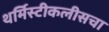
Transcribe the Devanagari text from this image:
थर्मिस्टीकलीसचा